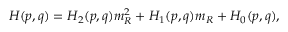
H ( p , q ) = H _ { 2 } ( p , q ) m _ { R } ^ { 2 } + H _ { 1 } ( p , q ) m _ { R } + H _ { 0 } ( p , q ) ,